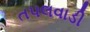
તપલવાડી